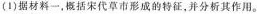
(1)据材料一，概括宋代草市形成的特征，并分析其作用。